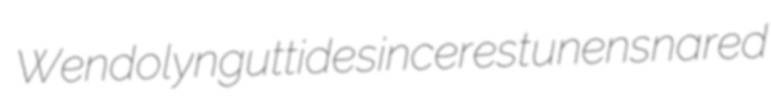
Wendolyn guttide sincerest unensnared